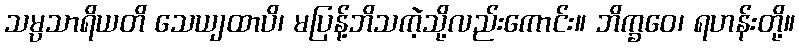
သမ္ပသာရိယတိ သေယျထာပိ၊ မပြန့်ဘိသကဲ့သို့လည်းကောင်း။ ဘိက္ခဝေ၊ ရဟန်းတို့။